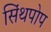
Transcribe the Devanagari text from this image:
सिंथपोप